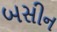
બસીન